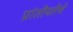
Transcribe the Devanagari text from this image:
प्रांतीयतेचे